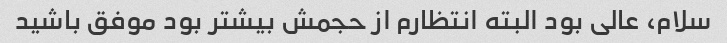
سلام، عالی بود البته انتظارم از حجمش بیشتر بود موفق باشید